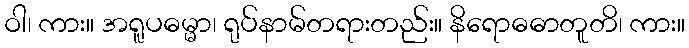
ဝါ၊ ကား။ အရူပဓမ္မာ၊ ရုပ်နာမ်တရားတည်း။ နိရောဓဓာတူတိ၊ ကား။